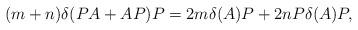
LaTeX: \begin{align*}(m+n)\delta(PA+AP)P=2m\delta(A)P+2nP\delta(A)P, \end{align*}